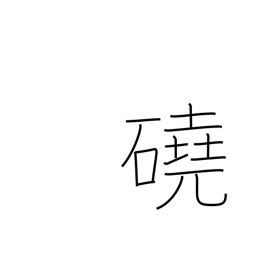
Meaning: barren